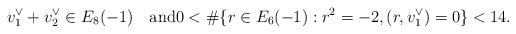
LaTeX: \begin{align*}v_1^\vee + v_2^\vee \in E_8(-1)\quad\textrm{and}0 < \#\{r \in E_6(-1) : r^2 = -2, (r,v_1^\vee) = 0\} < 14.\end{align*}